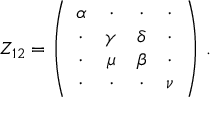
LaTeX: Z _ { 1 2 } = \left( \begin{array} { c c c c } { { \alpha } } & { { \cdot } } & { { \cdot } } & { { \cdot } } \\ { { \cdot } } & { { \gamma } } & { { \delta } } & { { \cdot } } \\ { { \cdot } } & { { \mu } } & { { \beta } } & { { \cdot } } \\ { { \cdot } } & { { \cdot } } & { { \cdot } } & { { \nu } } \end{array} \right) \, .